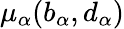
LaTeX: \mu_{\alpha}(b_{\alpha},d_{\alpha})